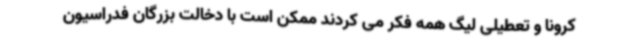
کرونا و تعطیلی لیگ همه فکر می کردند ممکن است با دخالت بزرگان فدراسیون